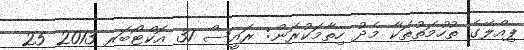
ޕިއްލޭގެ ތުހުމަތުތަކާ މެދު ހިތާމަކުރަން: ރައީސް 31 އޮކްޓޯބަރ 2013 25